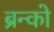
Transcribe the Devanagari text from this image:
ब्रन्को